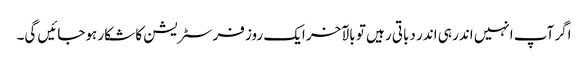
اگر آپ انہیں اندر ہی اندر دباتی رہیں تو بالآخر ایک روز فرسٹریشن کا شکار ہوجائیں گی۔